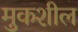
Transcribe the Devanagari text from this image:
मुकशील